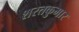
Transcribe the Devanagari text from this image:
शरतकुमार